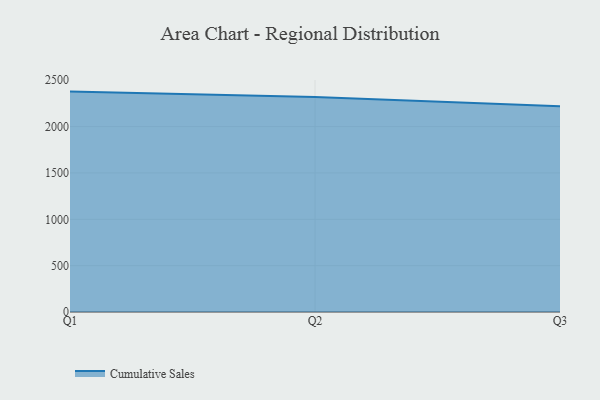
{"axis": {"x": "Quarter", "y": "Production Output"}, "legend": ["Cumulative Sales"], "data": [{"x": "Q1", "y": 2377.7, "type": "Cumulative Sales"}, {"x": "Q2", "y": 2319.2, "type": "Cumulative Sales"}, {"x": "Q3", "y": 2220.0, "type": "Cumulative Sales"}]}